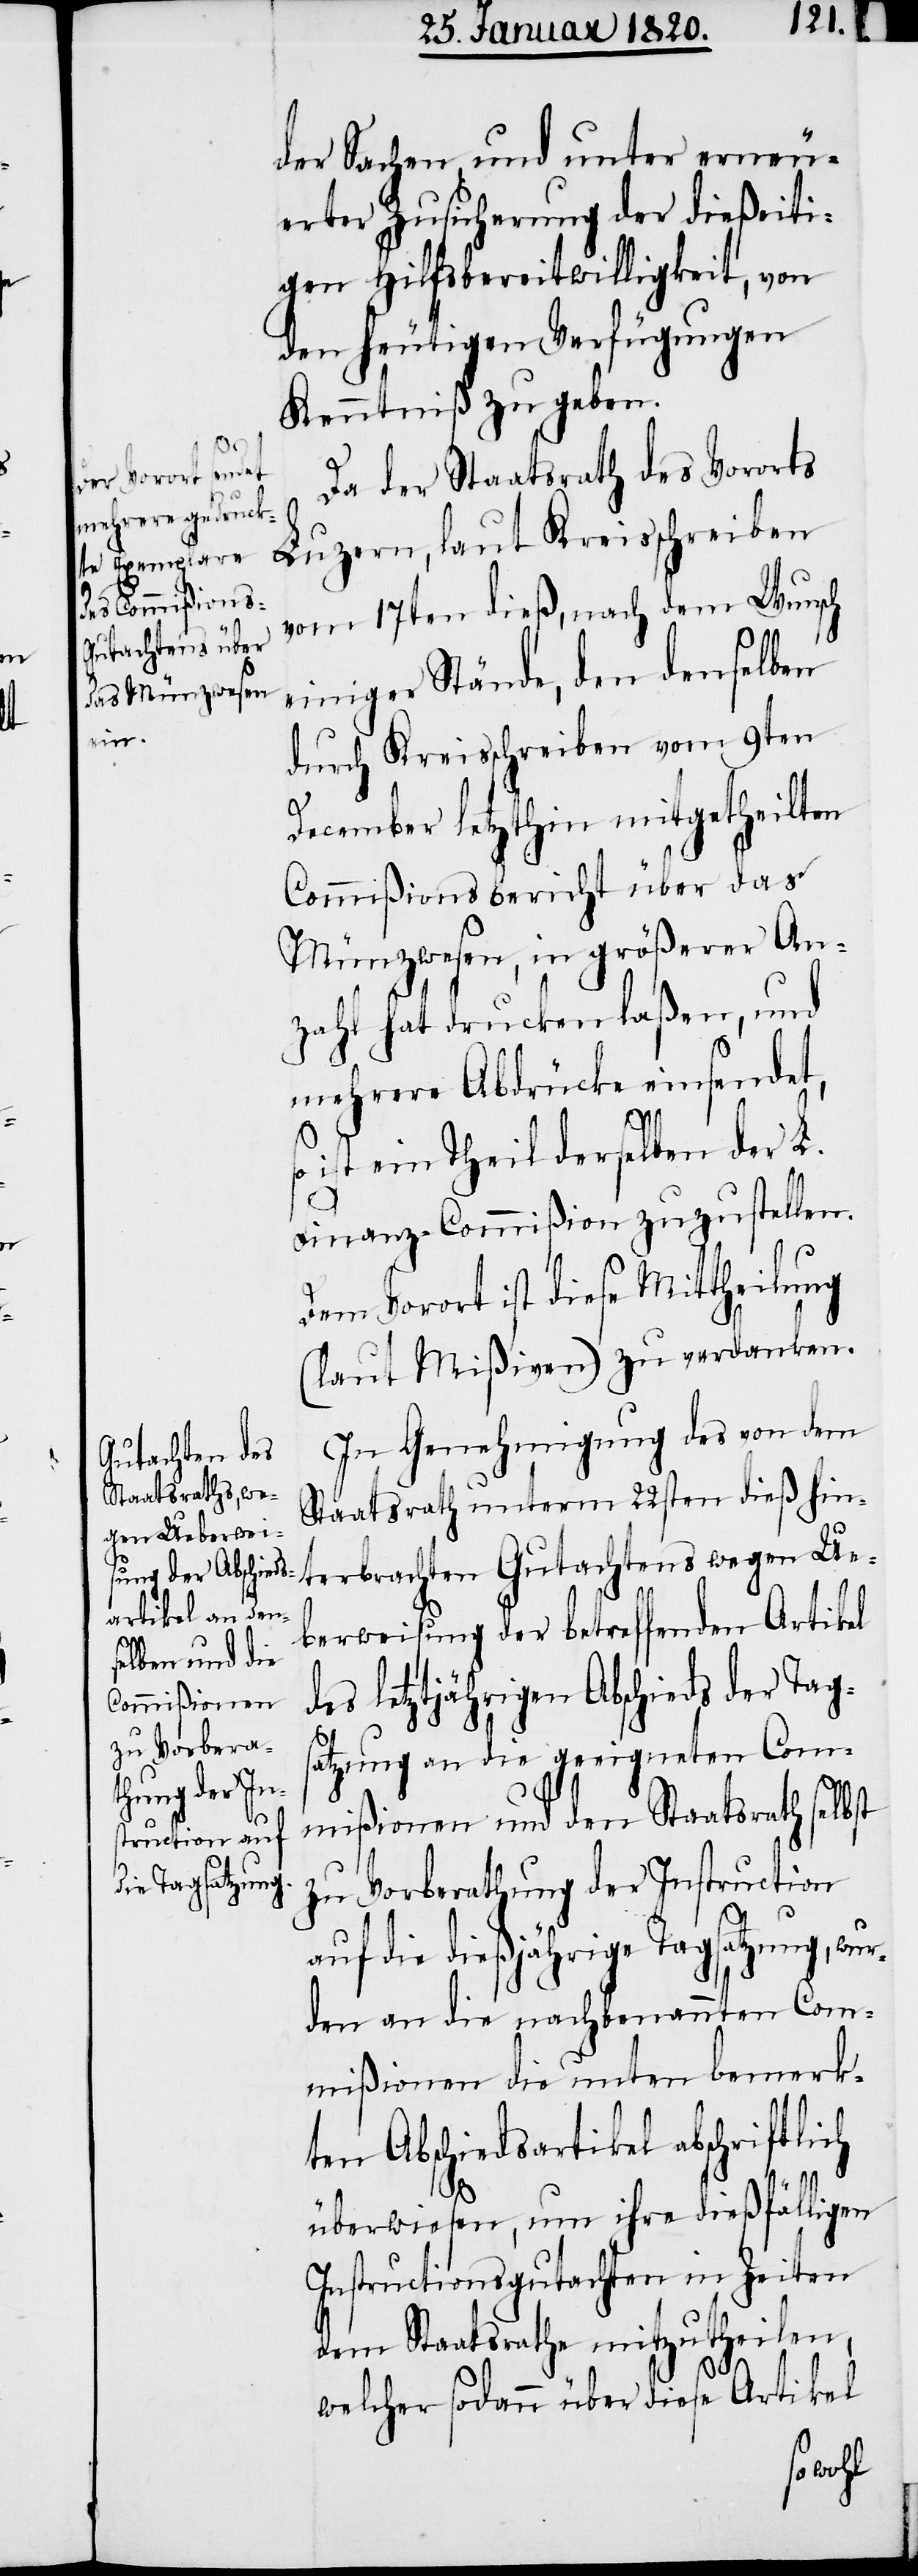
der Sachen und unter erneu¬
erter Zusicherung der dießeiti¬
gen Hilfsbereitwilligkeit, von
den heutigen Verfügungen
Kenntniß zu geben.
Da der Staatsrath des Vororts
Luzern, laut Kreisschreiben
vom 17ten dieß, nach dem Wunsch
einiger Stände, den denselben
durch Kreisschreiben vom 9ten
December letzthin mitgetheilten
Commißionsbericht über das
Münzwesen, in größerer An¬
zahl hat drucken laßen, und
mehrere Abdrücke einsendet,
st
so ist ein Theil derselben der L.
Finanz-Commißion zuzustellen.
Dem Vorort ist diese Mittheilung
(laut Mißiven) zu verdanken.
In Genehmigung des von dem
Staatsrath unterm 22sten dieß hin¬
terbrachten Gutachtens wegen Ue¬
berweisung der betreffenden Artikel
des letztjährigen Abschieds der Tag¬
satzung an die geeigneten Com¬
mißionen und den Staatsrath selb¬
zu Vorberathung der Instruction
auf die dießjährige Tagsatzung, wu¬
rden an die nachbenannten Com¬
mißionen die unten bemerk¬
ten Abschiedsartikel abschriftlich
überwiesen, um ihre dießfälligen
Instructionsgutachten in Zeiten
dem Staatsrathe mitzutheilen,
welcher sodann über diese Artikel